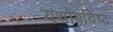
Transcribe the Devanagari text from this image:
यथोपदिष्ट